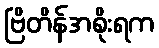
ဗြိတိန်အစိုးရက